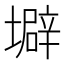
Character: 壀